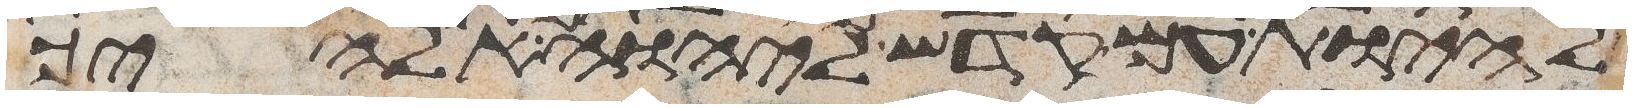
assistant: ולהיותך עם קדש ליהוה אלהיך